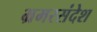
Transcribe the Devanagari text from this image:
भ्रमरसंदेश